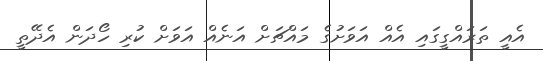
އެއީ ތަރައްގީގައި އެއް އަވަށުގެ މައްޗަށް އަނެއް އަވަށް ކުރި ހޯދަން އެދޭތީ